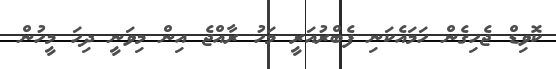
ކޮވިޑް ޖެހިގެން ހަމައެކަނި ފެބްރުއަރީ މަހު ރާއްޖެ އިން މިވަނީ ދިހަ މީހުން